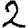
Digit: 2